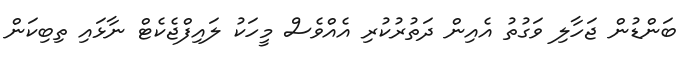
ބަންޑުން ޖަހާލި ވަގުތު އެއިން ދަތުރުކުރި އެއްވެސް މީހަކު ލައިފްޖެކެޓް ނާޅައި ތިބިކަން